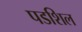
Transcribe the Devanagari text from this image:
पडशिल